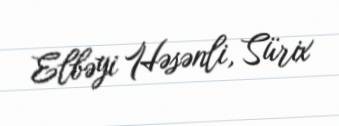
Elbəyi Həsənli, Sürix